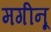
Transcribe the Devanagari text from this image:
मगीनू